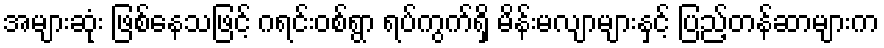
အများဆုံး ဖြစ်နေသဖြင့် ဂရင်းဝစ်ရွာ ရပ်ကွက်ရှိ မိန်းမလျာများနှင့် ပြည့်တန်ဆာများက